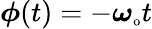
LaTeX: \boldsymbol{\phi}(t)=-\boldsymbol{\omega}_{\textnormal{\scriptsize o}}t